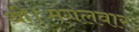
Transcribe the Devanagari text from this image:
थी।मंगलवार